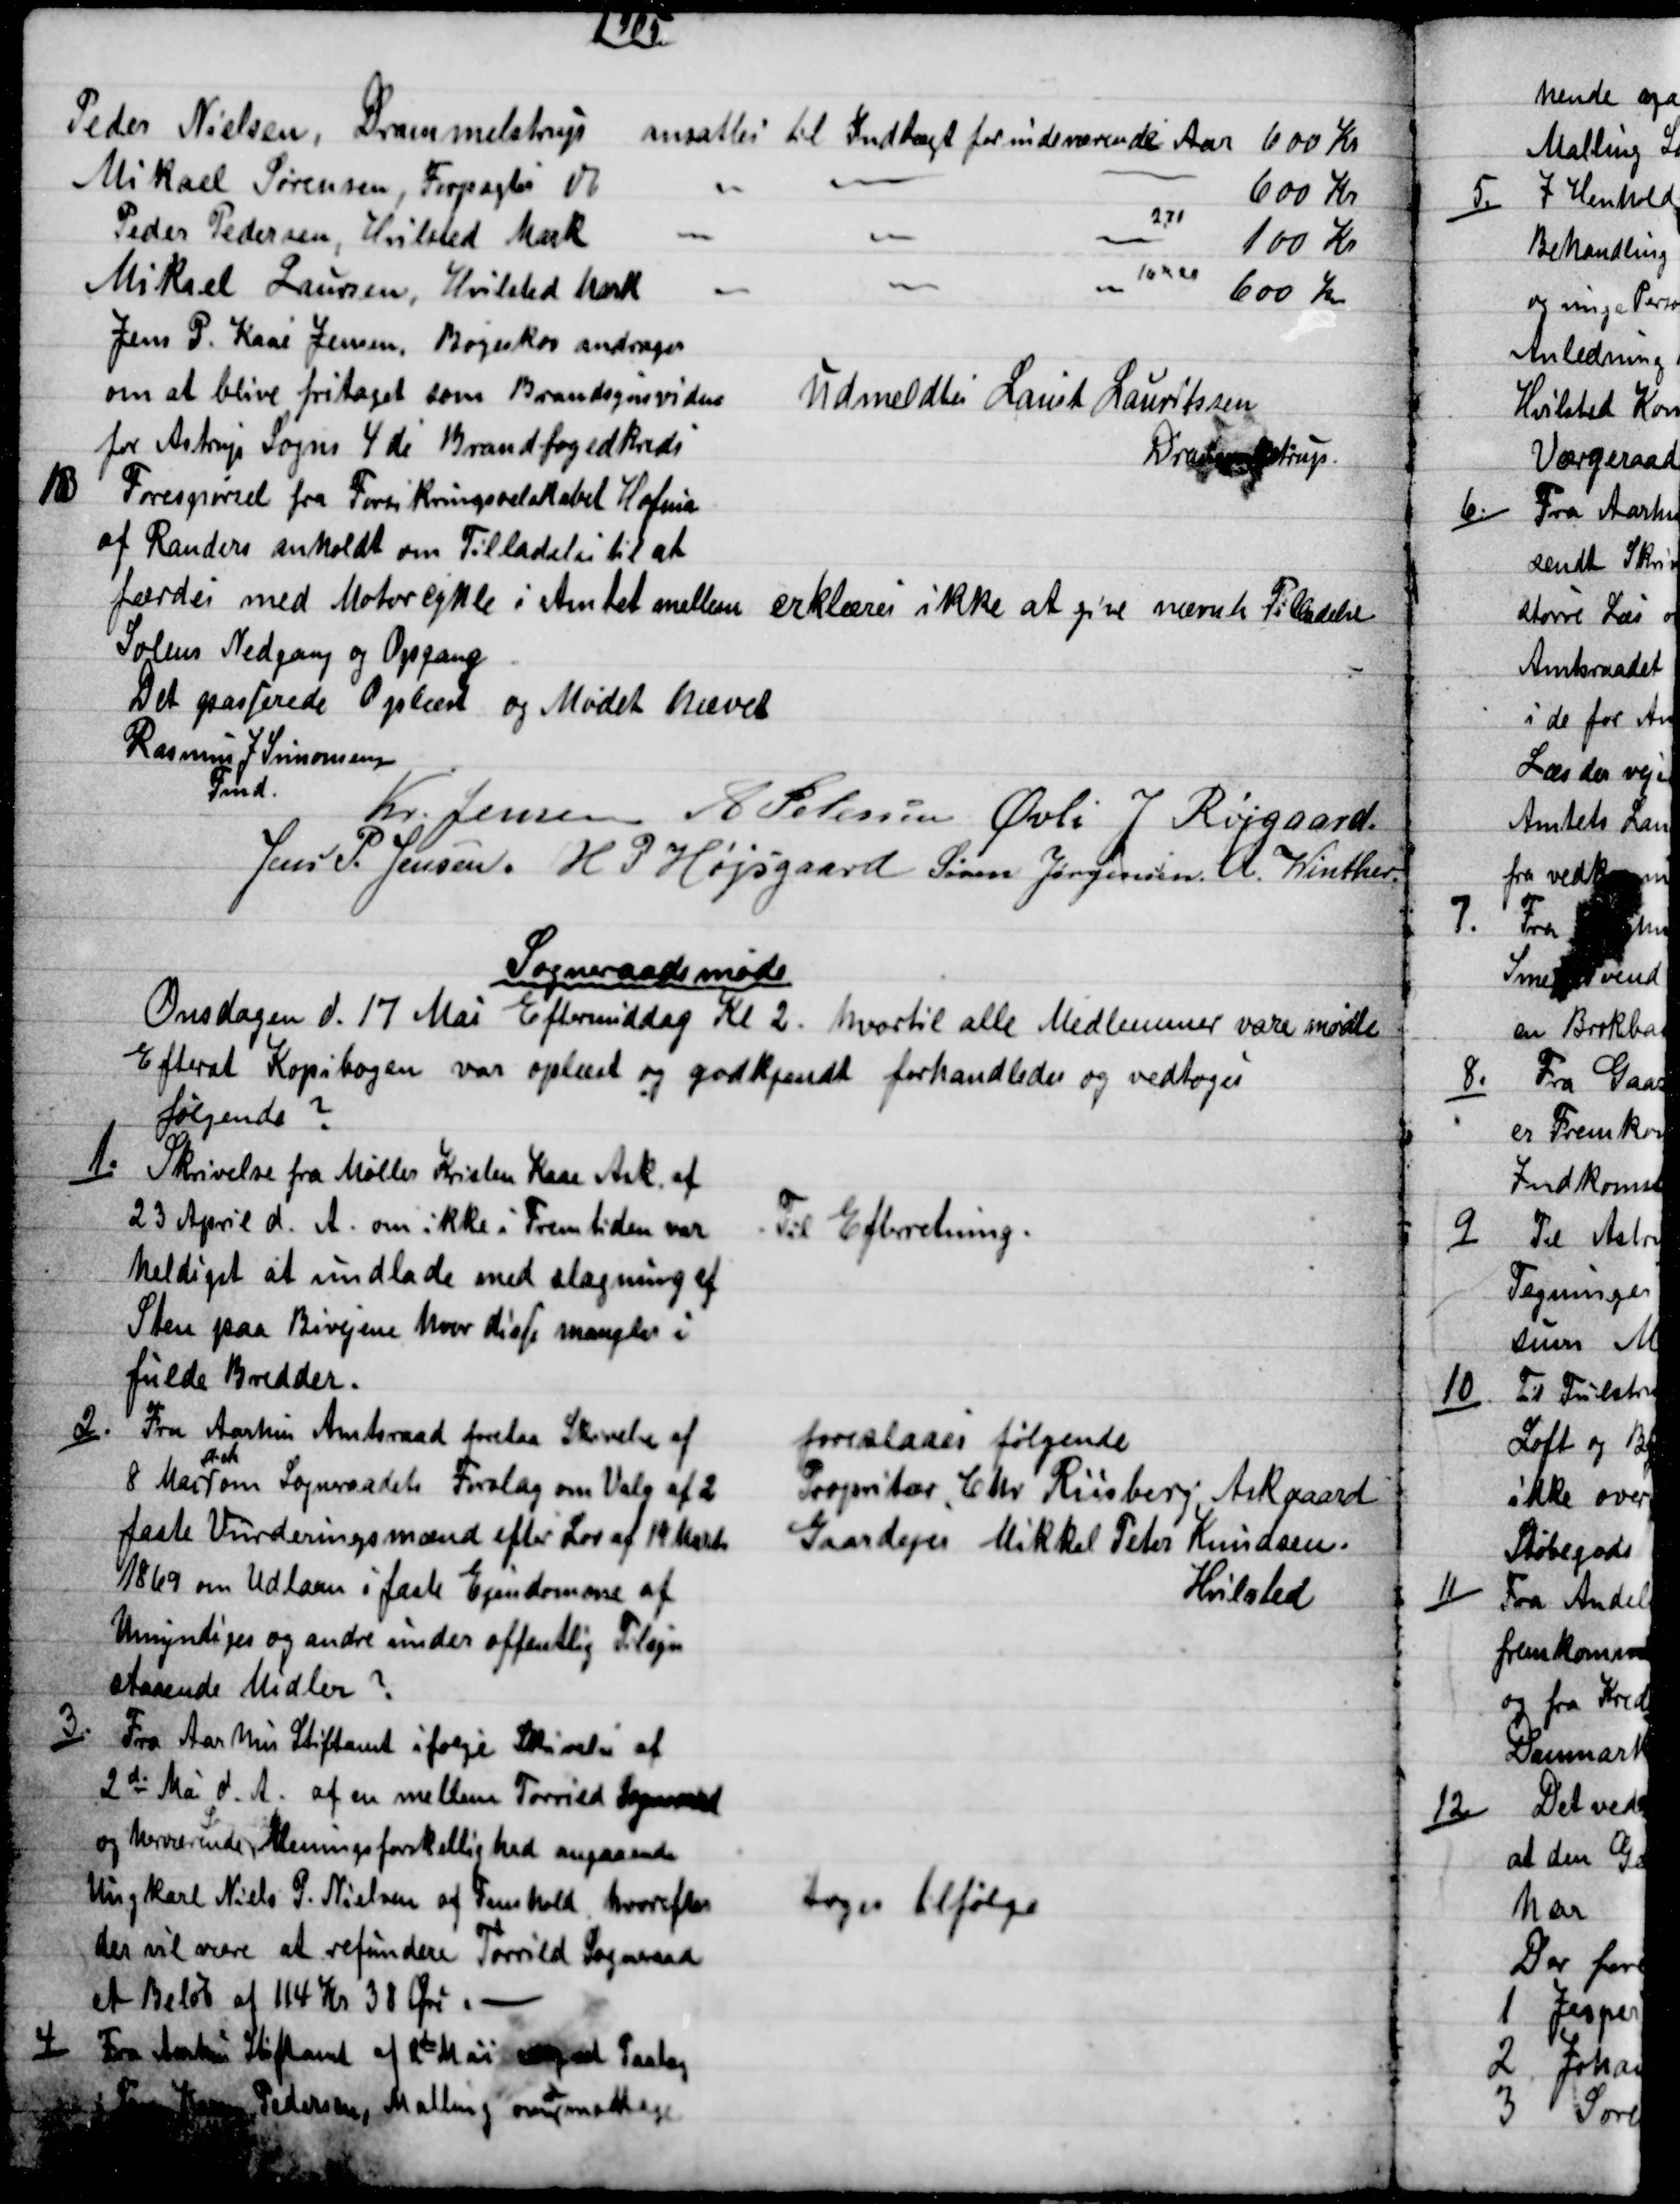
Transskription:
1905
Peder Nielsen, Drammelstrup ansattes til Indtægt for indeværende Aar 600 Kr
Mikael Sørensen, Forpagter do 
600 Kr
Peder Pedersen, Hvilsted Mark
2,71
100 Kr
Mikael Laursen, Hvilsted Mark
16x20
600 Kr
Jens P. Kaae Jensen, Bøgeskov andrager
om at blive fritaget som Brandsynsvidne
for Astrup Sogns 4 de Brandfogedkreds
Udmeldtes Laust Lauritsen
Drammelstrup.
13
Forespørgel fra Forsikringsselskabet Hafnia
af Randers anholdt om Tilladelse til at
færdes med Motorcykle i Amtet mellem 
Solens Nedgang og Opgang
erklæres ikke at give nævnte Tilladelse
Det passerede Oplæst og Mødet hævet
Rasmus J. Simonsen
Fmd.
Kr. Jensen A Petersen Øvli J Røjgaard
Jens P. Jensen. H. P. Højsgaard Søren Jørgensen. A. Winther
Sogneraadsmøde
Onsdagen d. 17 Mai Eftermiddag Kl 2. hvortil alle Medlemmer vare mødte
Efterat Kopibogen var oplæst og godkjendt forhandledes og vedtoges
følgende ?
1.)
Skrivelse fra Møller Kristen Kaae Ask. af
23 April d. A. om ikke i Fremtiden var
heldigst at undlade med slagning af
Sten paa Bivejene hvor disse mangler i
fulde Bredder.
Til Efterretning.
2)
Fra Aarhus Amtsraad forelaa Skrivelse af
8 Mai 
d. A.
om Sogneraadets Forslag om Valg af 2
faste Vurderingsmænd efter Lov af 19 Marts
1869 om Udlaan i faste Ejendomme af
Umyndiges og andre under offentlig Tilsyn
staaende Midler ?
foreslaaes følgende
Propritær, Chr. Riisberg Askgaard
Gaardejer Mikkel Peter Knudsen.
Hvilsted
3)
Fra Aarhus Stiftamt ifølge Skrivelse af
2de Mai d. A. af en mellem Torrild Sogneraad
og herværende Meningsforskellighed angaaende
Ungkarl Niels P. Nielsen af Fensholt, hvorefter
der vil være at refundere Torrild Sogneraad
et Beløb af 114 Kr 38 Øre.
toges tilfølge
4)
Fra Aarhus Stiftamt af 8de Mai  et Paalæg
  Pedersen, Malling om 
at
modtage